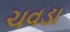
ચવડા